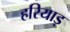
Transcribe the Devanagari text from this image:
हरियाड़